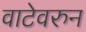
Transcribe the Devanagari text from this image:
वाटेवरुन